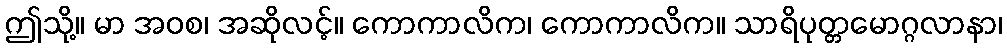
ဤသို့။ မာ အဝစ၊ အဆိုလင့်။ ကောကာလိက၊ ကောကာလိက။ သာရိပုတ္တမောဂ္ဂလာနာ၊